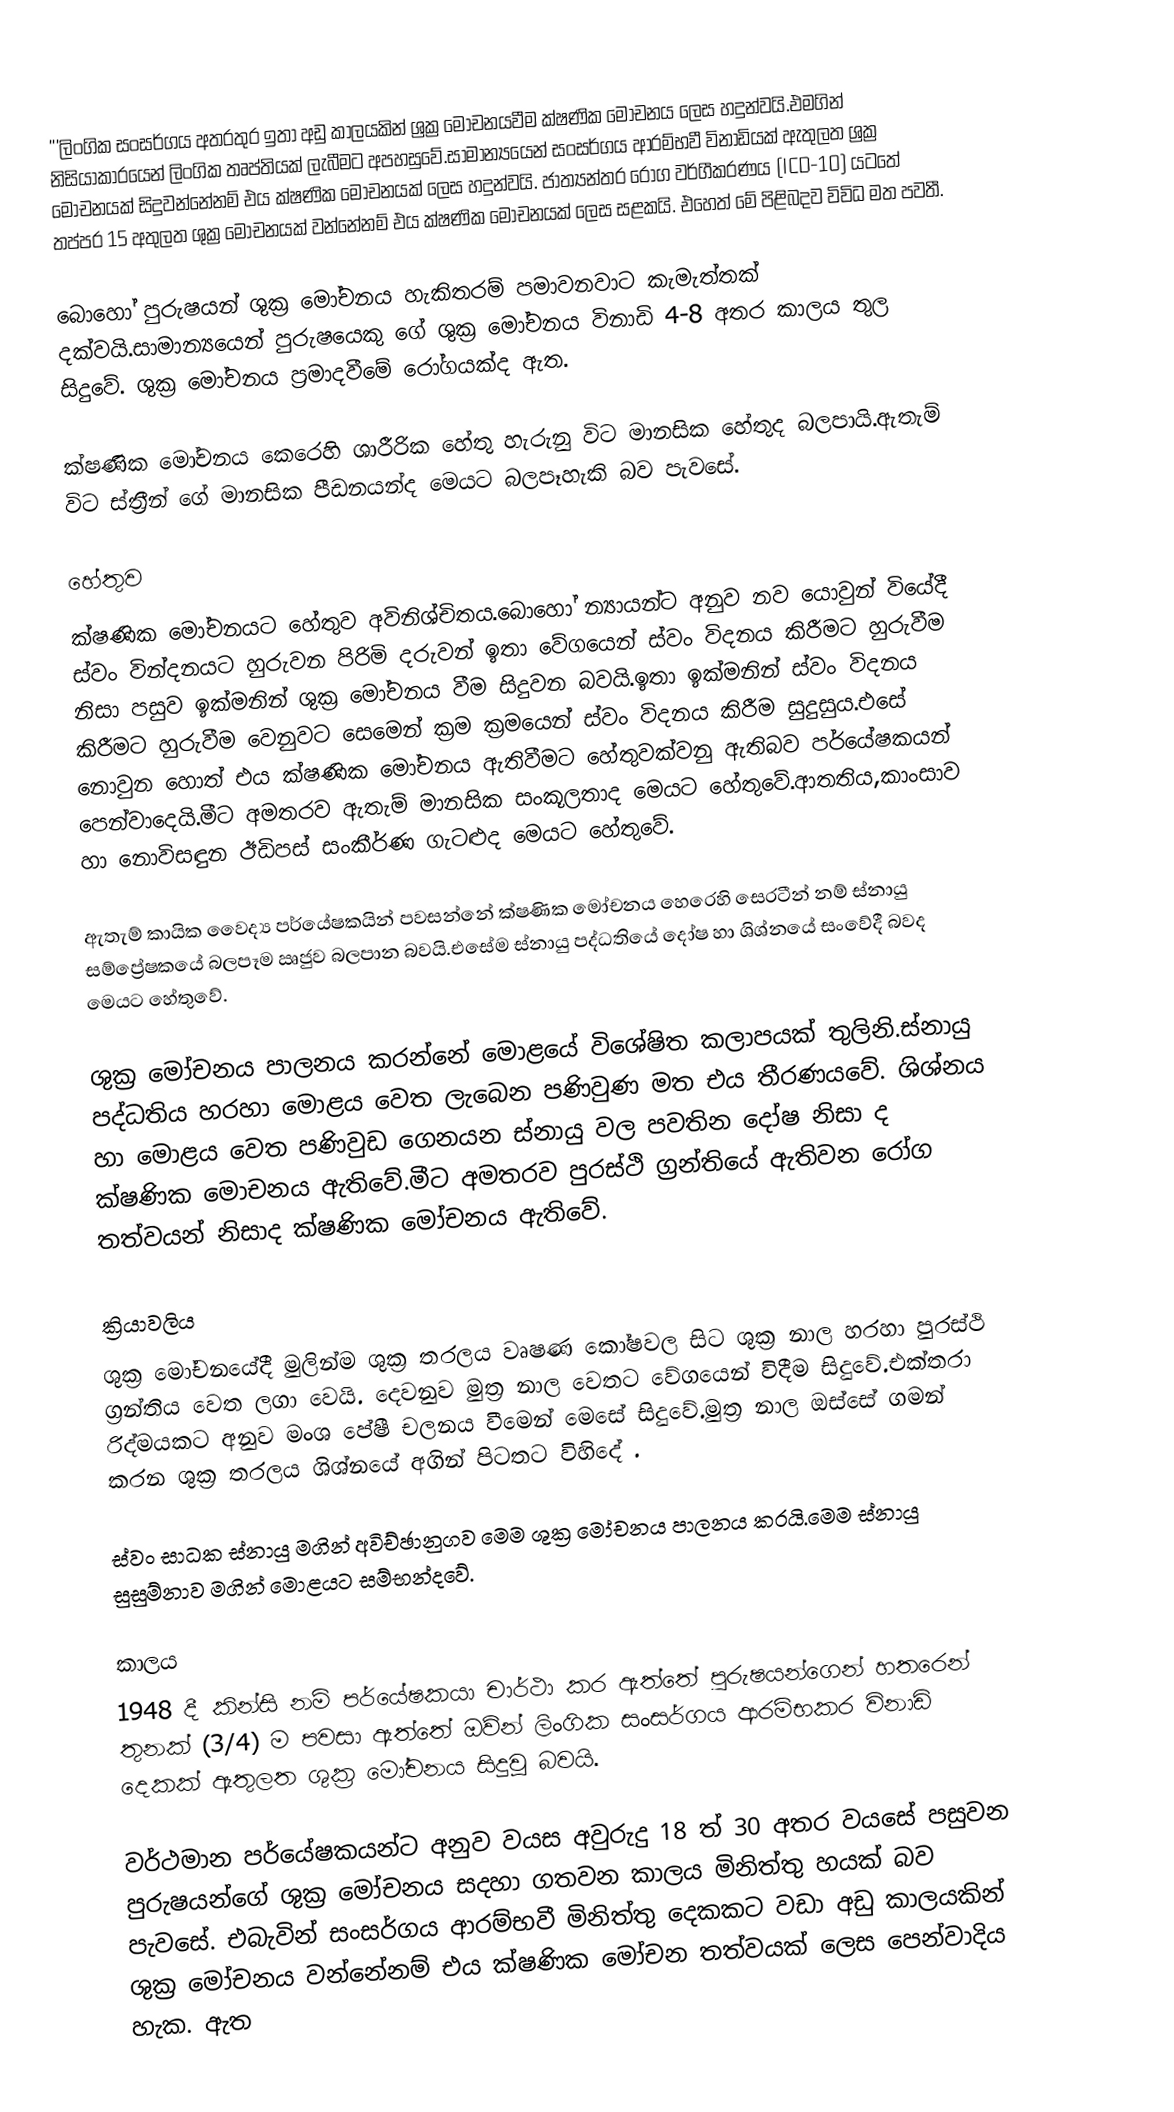
'''ලිංගික සංසර්ගය අතරතුර ඉතා අඩු කාලයකින් ශ්‍රක්‍ර මෝචනයවීම ක්ෂණික මෝචනය ලෙස හදුන්වයි.එමගින් නිසියාකාරයෙන් ලිංගික තෘප්තියක් ලැබීමට අපහසුවේ.සාමාන්‍යයෙන් සංසර්ගය ආරම්භවී විනාඩියක් ඇතුලත ශ්‍රක්‍ර මෝචනයක් සිදුවන්නේනම් එය ක්ෂණික මෝචනයක් ලෙස හදුන්වයි. ජාත්‍යන්තර රෝග වර්ගීකරණය (ICD-10) යටතේ තප්පර 15 අතුලත ශුක්‍ර මෝචනයක් වන්නේනම් එය ක්ෂණික මෝචනයක් ලෙස සළකයි. එහෙත් මේ පිළිබදව විවිධ මත පවතී.

බොහෝ පුරුෂයන් ශුක්‍ර මෝචනය හැකිතරම් පමාවනවාට කැමැත්තක් දක්වයි.සාමාන්‍යයෙන් පුරුෂයෙකු ගේ ශුක්‍ර මෝචනය විනාඩි 4-8 අතර කාලය තුල සිදුවේ. ශුක්‍ර මෝචනය ප්‍රමාදවීමේ රෝගයක්ද ඇත.

ක්ෂණික මෝචනය කෙරෙහි ශාරීරික හේතු හැරුනු විට මානසික හේතුද බලපායි.ඇතැම් විට ස්ත්‍රීන් ගේ මානසික පීඩනයන්ද මෙයට බලපෑහැකි බව පැවසේ.

හේතුව
ක්ෂණික මෝචනයට හේතුව අවිනිශ්චිතය.බොහෝ න්‍යායන්ට අනුව නව යොවුන් වියේදී ස්වං වින්දනයට හුරුවන පිරිමි දරුවන් ඉතා වේගයෙන් ස්වං විදනය කිරීමට හුරුවීම නිසා පසුව ඉක්මනින් ශුක්‍ර මෝචනය වීම සිදුවන බවයි.ඉතා ඉක්මනින් ස්වං විදනය කිරීමට හුරුවීම වෙනුවට සෙමෙන් ක්‍රම ක්‍රමයෙන් ස්වං විදනය කිරීම සුදුසුය.එසේ නොවුන හොත් එය ක්ෂණික මෝචනය ඇතිවීමට හේතුවක්වනු ඇතිබව පර්යේෂකයන් පෙන්වාදෙයි.මීට අමතරව ඇතැම් මානසික සංකූලතාද මෙයට හේතුවේ.ආතතිය,කාංසාව හා නොවිසඳුන ඊඩිපස් සංකීර්ණ ගැටළුද මෙයට හේතුවේ.

ඇතැම් කායික වෛද්‍ය පර්යේෂකයින් පවසන්නේ ක්ෂණික මෝචනය හෙරෙහි සෙරටීන් නම් ස්නායු සම්ප්‍රේෂකයේ බලපෑම ඍජුව බලපාන බවයි.එසේම ස්නායු පද්ධතියේ දෝෂ හා ශිශ්නයේ සංවේදී බවද මෙයට හේතුවේ.

ශුක්‍ර මෝචනය පාලනය කරන්නේ මොළයේ විශේෂිත කලාපයක් තුලිනි.ස්නායු පද්ධතිය හරහා මොළය වෙත ලැබෙන පණිවුණ මත එය තීරණයවේ. ශිශ්නය හා මොළය වෙත පණිවුඩ ගෙනයන ස්නායු වල පවතින දෝෂ නිසා ද ක්ෂණික මොචනය ඇතිවේ.මීට අමතරව පුරස්ථි ග්‍රන්තියේ ඇතිවන රෝග තත්වයන් නිසාද ක්ෂණික මෝචනය ඇතිවේ.

ක්‍රියාවලිය
ශුක්‍ර මෝචනයේදී මුලින්ම ශුක්‍ර තරලය වෘෂණ කෝෂවල සිට ශුක්‍ර නාල හරහා පුරස්ථි ග්‍රන්තිය වෙත ලගා වෙයි. දෙවනුව මුත්‍ර නාල වෙතට වේගයෙන් විදීම සිදුවේ.එක්තරා රිද්මයකට අනුව මංශ පේෂී චලනය වීමෙන් මෙසේ සිදුවේ.මුත්‍ර නාල ඔස්සේ ගමන් කරන ශුක්‍ර තරලය ශිශ්නයේ අගින් පිටතට විහිදේ .

ස්වං සාධක ස්නායු මගින් අවිච්ඡානුගව මෙම ශුක්‍ර මෝචනය පාලනය කරයි.මෙම ස්නායු සුසුම්නාව මගින් මොළයට සම්භන්දවේ.

කාලය
1948 දී කින්සි නම් පර්යේෂකයා චාර්ථා කර ඇත්තේ පුරුෂයන්ගෙන් හතරෙන් තුනක් (3/4) ම පවසා ඇත්තේ ඔව්න් ලිංගික සංසර්ගය ආරම්භකර විනාඩි දෙකක් ඇතුලත ශුක්‍ර මෝචනය සිදුවූ බවයි.

වර්ථමාන පර්යේෂකයන්ට අනුව වයස අවුරුදු 18 ත් 30 අතර වයසේ පසුවන පුරුෂයන්ගේ ශුක්‍ර මෝචනය සදහා ගතවන කාලය මිනිත්තු හයක් බව පැවසේ. එබැවින් සංසර්ගය ආරම්භවී මිනිත්තු දෙකකට වඩා අඩු කාලයකින් ශුක්‍ර මෝචනය වන්නේනම් එය ක්ෂණික මෝචන තත්වයක් ලෙස පෙන්වාදිය හැක. ඇත